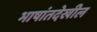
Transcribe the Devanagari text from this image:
भाषांतदेखील